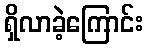
ရှိလာခဲ့ကြောင်း